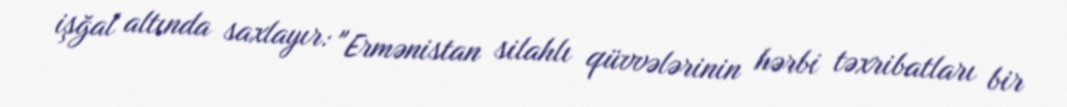
işğal altında saxlayır: "Ermənistan silahlı qüvvələrinin hərbi təxribatları bir